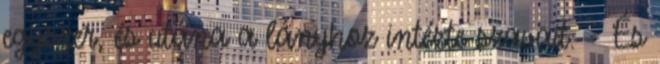
egyszer, és utána a lányhoz intézte szavait. - És